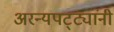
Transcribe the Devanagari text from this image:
अरन्यपट्ट्यांनी